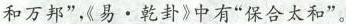
和万邦”，《易。乾卦》中有”保合太和”。